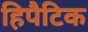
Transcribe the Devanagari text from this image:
हिपैटिक